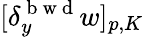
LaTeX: [\delta_{y}^{\mathrm{~b~w~d~}}w]_{p,K}